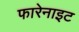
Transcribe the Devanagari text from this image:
फारेनाइट